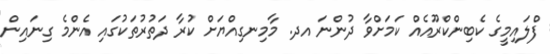
ފްލައިމީގެ ކެބިންކްރޫއެއްް ކަމަށްވާ ދުންނަ އދ. މާމިނގިއްޔަށް ކުރާ ދަތުރުތަކުގައި އެންމެ ގިނައިން